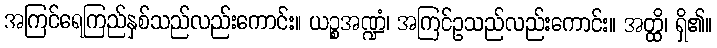
အကြင်ရေကြည်နှစ်သည်လည်းကောင်း။ ယဉ္စအဏ္ဍံ၊ အကြင်ဥသည်လည်းကောင်း။ အတ္ထိ၊ ရှိ၏။